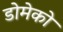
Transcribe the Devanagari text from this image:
डोमेको